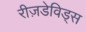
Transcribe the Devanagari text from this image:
रीज़डेविड्स